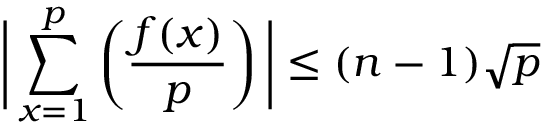
{ \biggl | } \sum _ { x = 1 } ^ { p } \left( { \frac { f ( x ) } { p } } \right) { \biggr | } \leq ( n - 1 ) { \sqrt { p } }